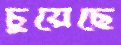
চুয়েছে